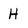
Character: H